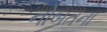
નોબતના